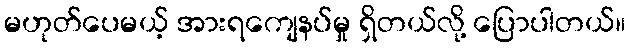
မဟုတ်ပေမယ့် အားရကျေနပ်မှု ရှိတယ်လို့ ပြောပါတယ်။